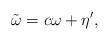
LaTeX: \begin{align*} \tilde\omega = c\omega + \eta',\end{align*}